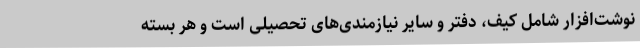
نوشت‌افزار شامل کیف، دفتر و سایر نیازمندی‌های تحصیلی است و هر بسته